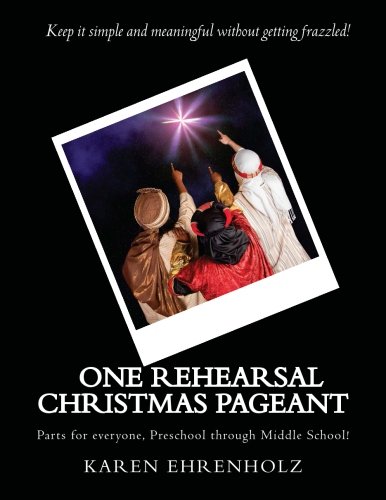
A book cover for One Rehearsal Christmas Pageant: Parts for everyone, Preschool through middle School!; Karen Ehrenholz; Christian Books & Bibles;